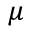
\mu